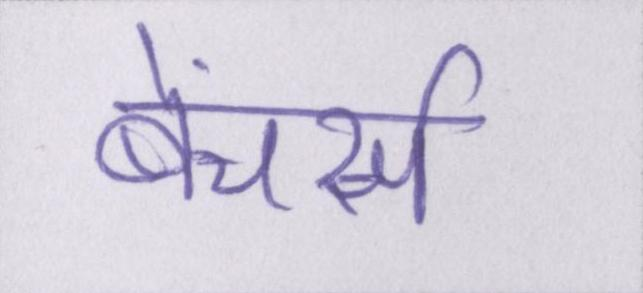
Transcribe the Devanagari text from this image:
बेंचर्स